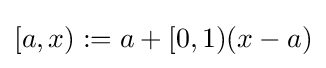
[a,x):=a+[0,1)(x-a)